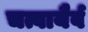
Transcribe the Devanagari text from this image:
चत्वायैर्व